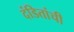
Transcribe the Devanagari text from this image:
दंडितांची